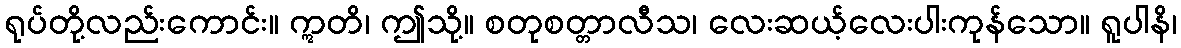
ရုပ်တို့လည်းကောင်း။ ဣတိ၊ ဤသို့။ စတုစတ္တာလီသ၊ လေးဆယ့်လေးပါးကုန်သော။ ရူပါနိ၊